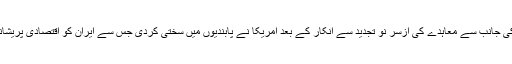
تاہم صدر ٹرمپ کی جانب سے معاہدے کی ازسر نو تجدید سے انکار کے بعد امریکا نے پابندیوں میں سختی کردی جس سے ایران کو اقتصادی پریشانیوں کو سامنا ہے۔